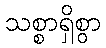
သစ္စာရှိစွာ